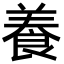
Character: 養